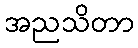
အညသိတာ